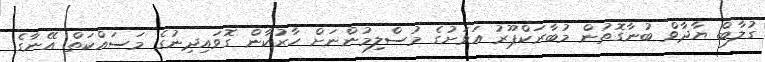
ގުލާބް ޔާދާވް ބުނާގޮތުން މުބާރަކްޕޫރު އަވަށުގެ މުސްލިމުންނަށް ހާރުކާން ގޮވައިދިނުގެ މަސައްކަތް އޭނާގެ